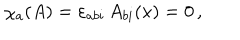
\chi _ { a } ( A ) = \varepsilon _ { a b i } \, A _ { b i } ( x ) = 0 \, ,